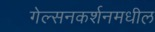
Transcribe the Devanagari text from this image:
गेल्सनकर्शनमधील